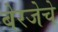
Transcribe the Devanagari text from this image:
बेरजेचे